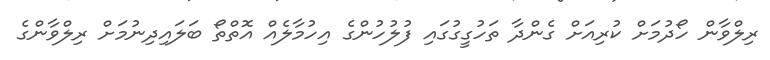
ރިލްވާން ހޯދުމަށް ކުރިއަށް ގެންދާ ތަހުގީގުގައި ފުލުހުންގެ އިހުމާލެއް އޮތްތޯ ބަލައިދިނުމަށް ރިލްވާންގެ